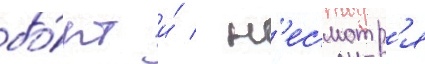
бо́рт и́ / н'есмотр'я